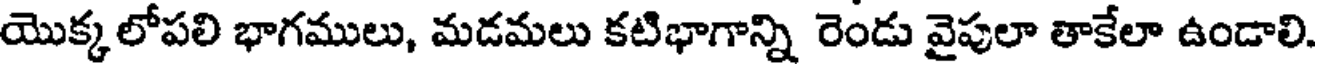
యొక్కలోపలి భాగములు, మడమలు కటిభాగాన్ని రెండు వైపులా తాకేలా ఉండాలి.